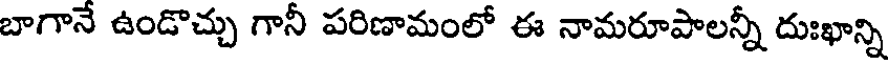
బాగానే ఉండొచ్చు గానీ పరిణామంలో ఈ నామరూపాలన్నీ దుఃఖాన్ని